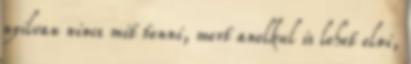
nyilvan nincs mit tenni, mert anelkul is lehet elni,